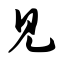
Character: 见